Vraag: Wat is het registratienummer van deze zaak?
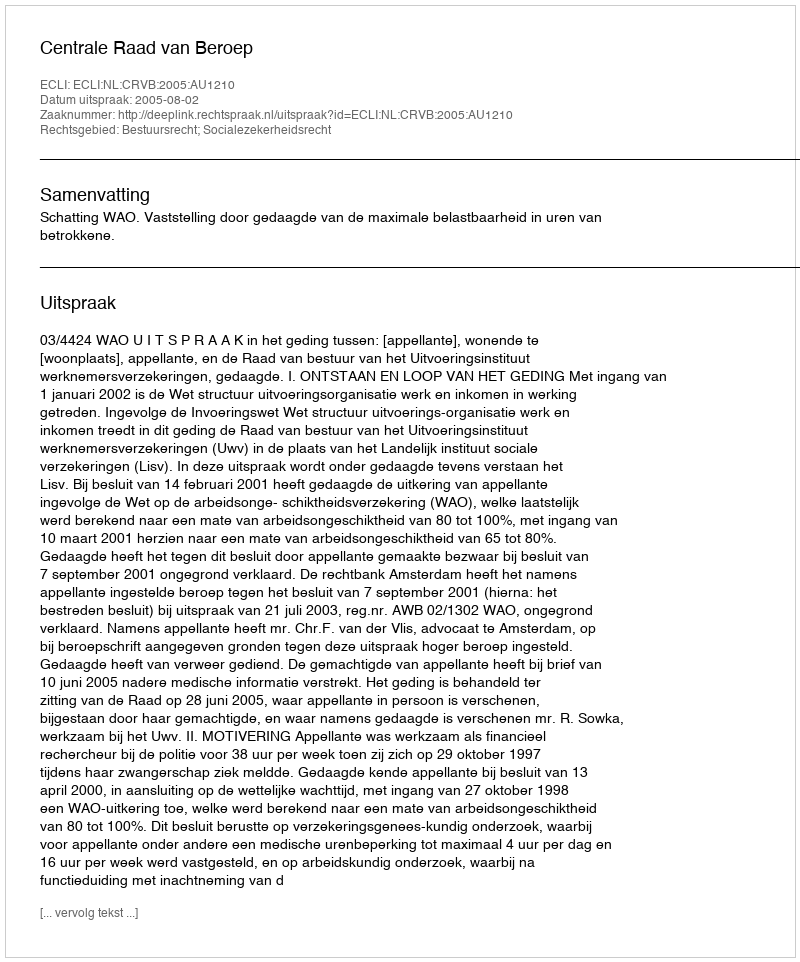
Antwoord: http://deeplink.rechtspraak.nl/uitspraak?id=ECLI:NL:CRVB:2005:AU1210